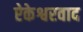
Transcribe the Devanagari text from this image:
ऐकेश्वरवाद